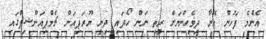
އެންމެ ފަހުން އޭނާ ދިވެހިންނަށް ރީތި ނަން ހޯދައި ދިނީ ޔޫރަޕިއަން ޗެމްޕިއަންޝިޕްގައި